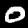
Label: 0